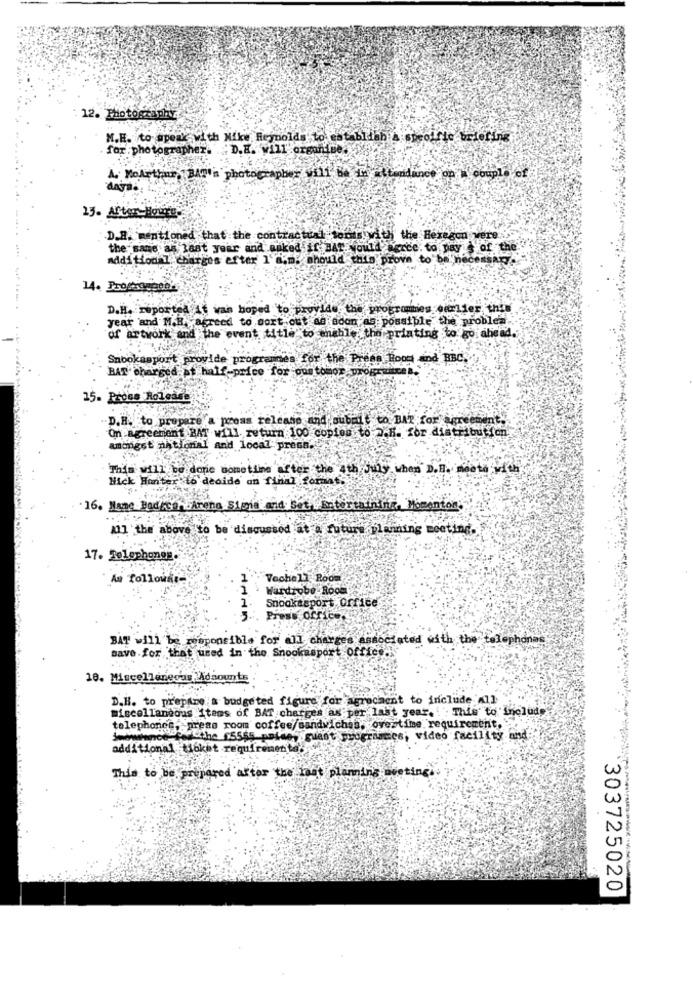
12. Photography
M.E. to speak with Nike Reynolds to establish A specific briefing
for : photographer. D.E. will' organised
A. MoArthur, BAT's photographer will be in attendance on a couple of
daya.
15. After-Hours-
D.R. mentioned that the contractual tons with the Hexagon were ...
the same as last year and asked if BAT. would Berce. to pay & of the
additional charges efter I'd.o. should this prove to be necessary.
D.H. reported At wan hoped to provide the programies earlier this
year and M.R. agreed to sort out as soon as possible the problem ..
of artyork and the event title to enable the printing to go ahead.
Snookasport provide programmes for the Press Hoog and BBC.
BAT charged at half-price for ous tomor program
25. Proes Holesde
D.H. to prepare a press release and submit to BAT for agreement.
On agreement BAT will return 100 copies to w.H. for distribution
amongst national and local presa.
This will be done nometiine after the 4th July when D.B. mesta with
Nick Hunter to decide on final format
16. Name Backce FArena Signs and Set. Entertaining, Momenton.
10] the above to be discussed at a futura planning meeting.
17. Telephones.
As followsr-
Vechell Room
Wardrobe-Root
Snookasport office
Press office.
BAT will be responsible for all charges associated with the telephones
save for that used in the Shookasport office .!
18. Miscellaneous Adaounts
D.H. to prepare'a budgeted figure for agrochent to include All
miscellaneous items of BAT charges as per last year. ! "; This to Include
telephones, press room coffee/sandwichsa, ovestime requirement, .,
the 155$5 prime, guest suogrammes, video facility and
additional Mokat requireme
This to be prepared attor the lost planning meeting.
303725020